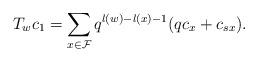
LaTeX: \begin{align*}\postdisplaypenalty=10000T_wc_1=\sum_{x\in\mathcal{F}}q^{l(w)-l(x)-1}(qc_{x}+c_{sx}).\end{align*}